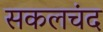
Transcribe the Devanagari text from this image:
सकलचंद